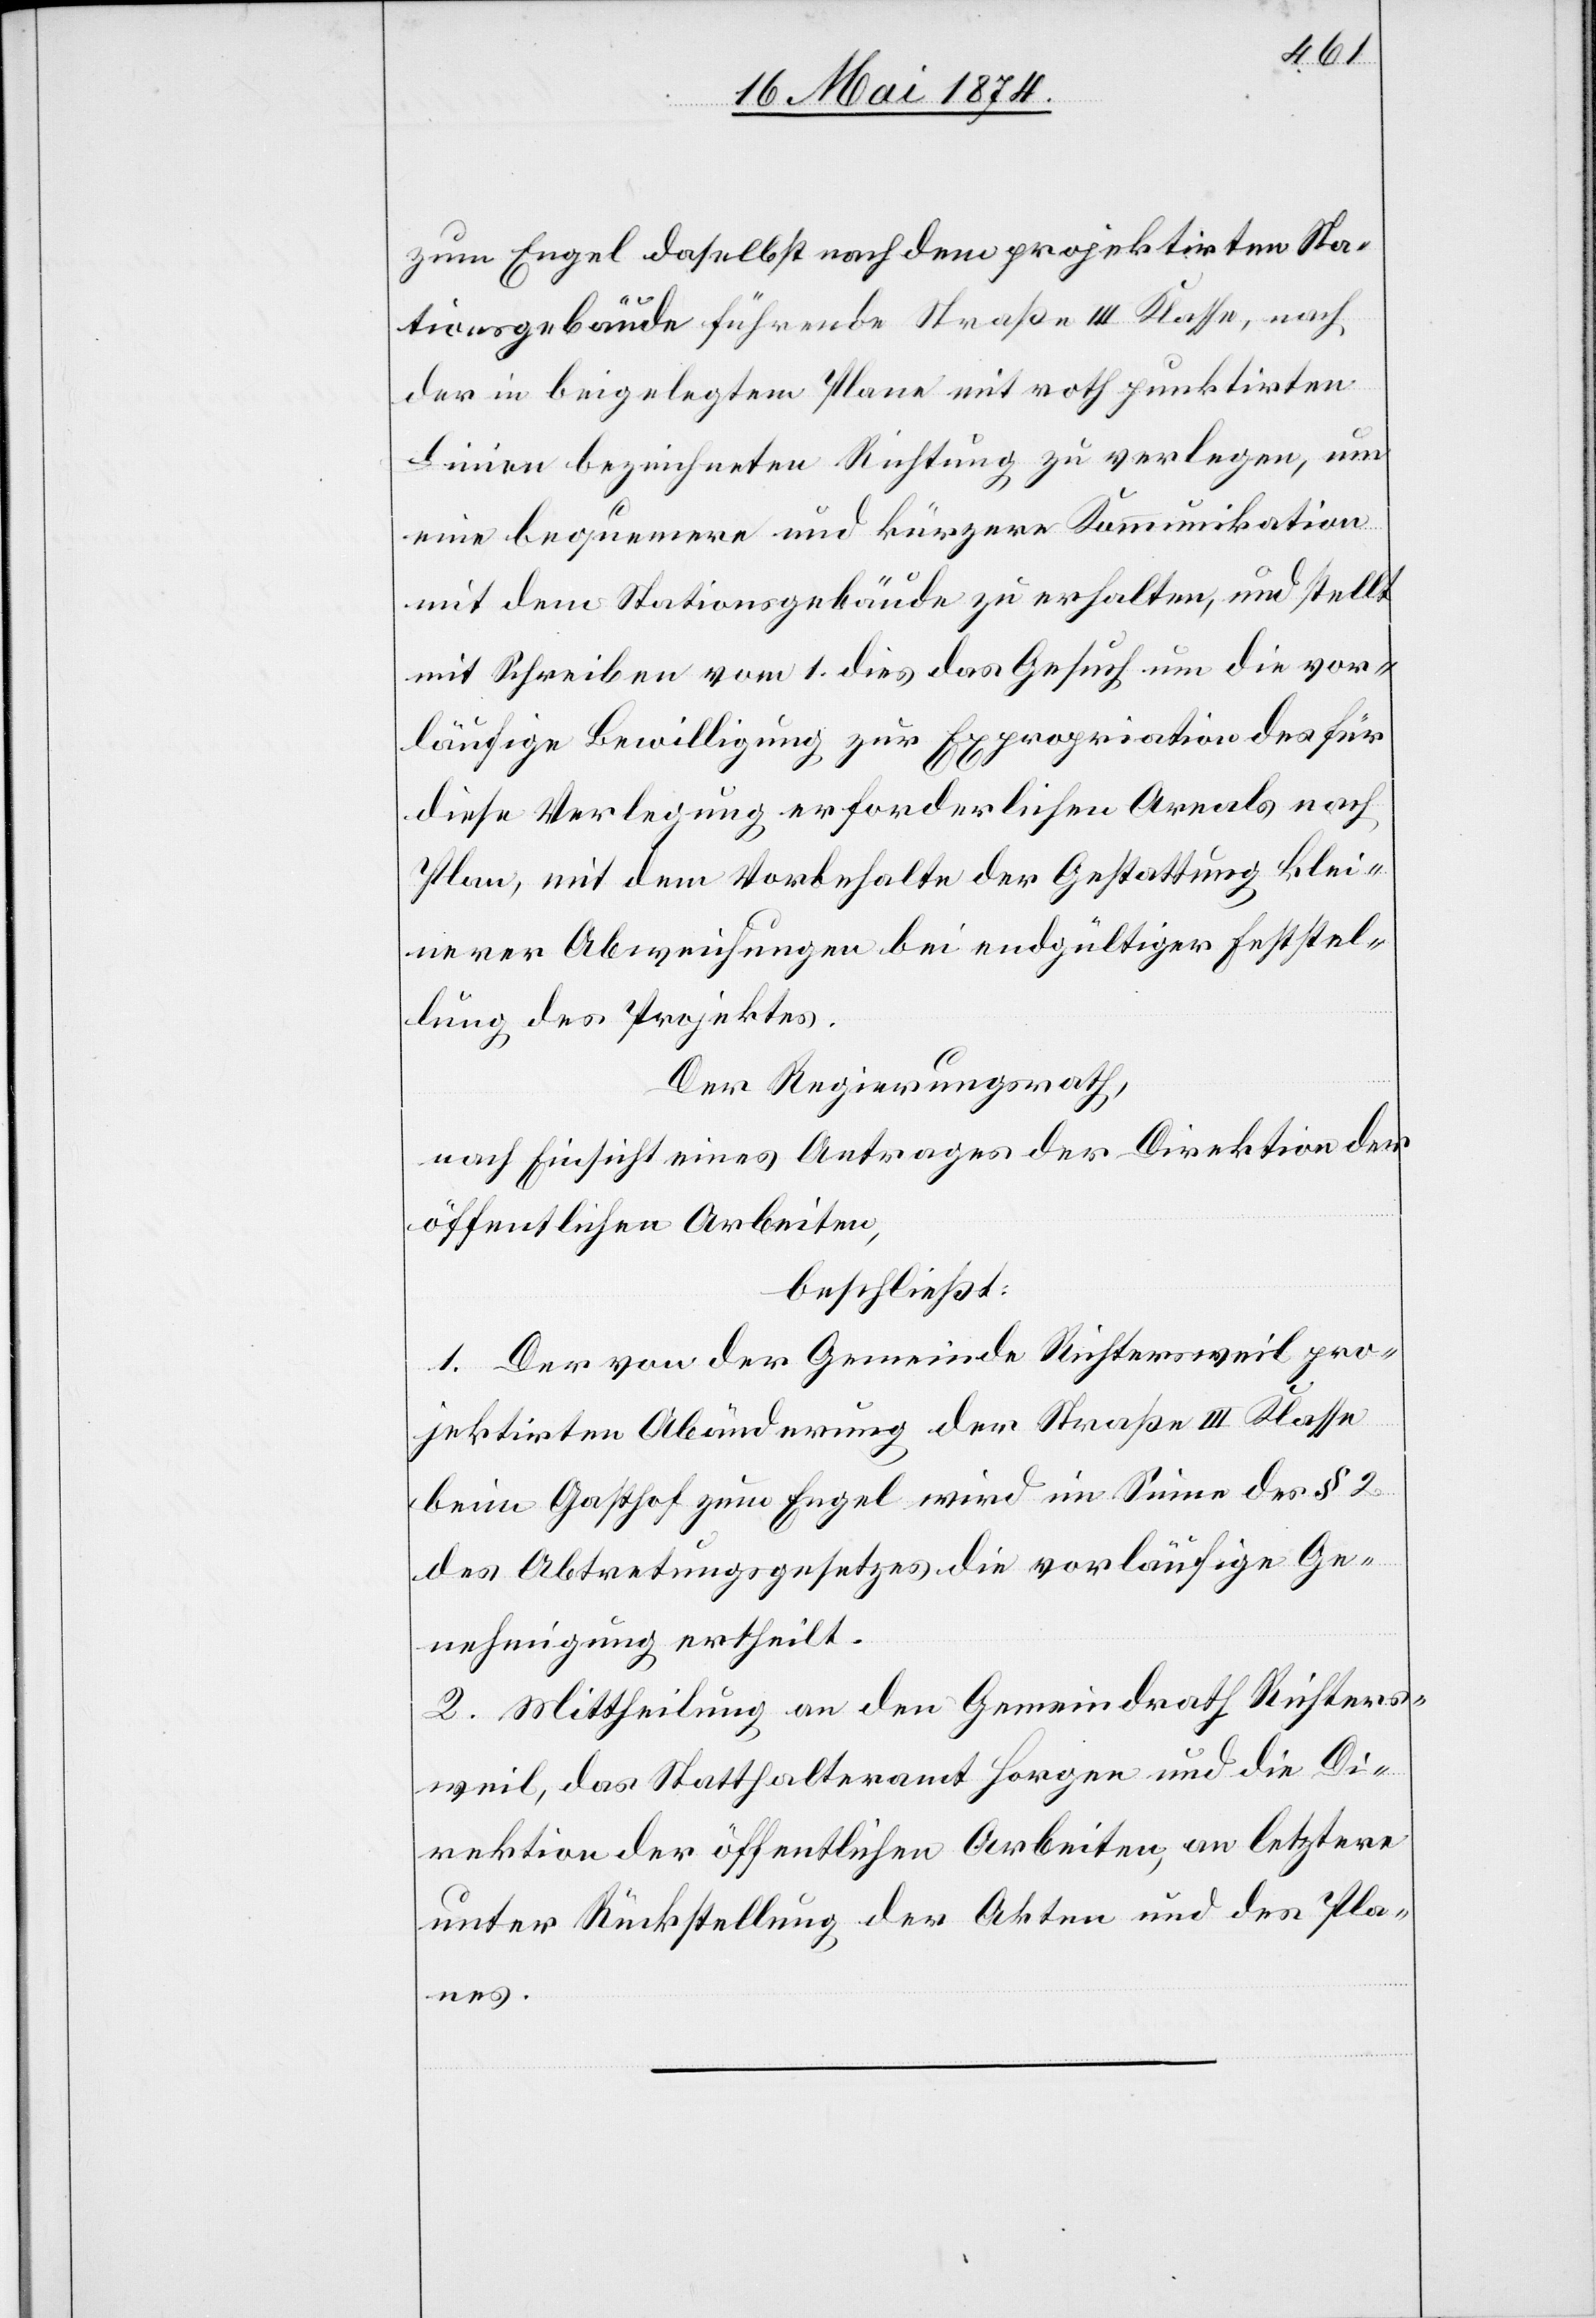
zum Engel daselbst nach dem projektirten Sta¬
tionsgebäude führende Straße III. Klasse, nach
der in beigelegtem Plane mit roth punktirten
Linien bezeichneten Richtung zu verlegen, um
eine bequemere und kürzere Kommunikation
mit dem Stationsgebäude zu erhalten, und stellt
mit Schreiben vom 1. dies das Gesuch um die vor¬
läufige Bewilligung zur Expropriation des für
diese Verlegung erforderlichen Areals nach
Plan, mit dem Vorbehalte der Gestattung klei¬
nerer Abweichungen bei endgültiger Feststel¬
lung des Projektes.
Der Regierungsrath,
nach Einsicht eines Antrages der Direktion der
öffentlichen Arbeiten,
beschließt:
1. Der von der Gemeinde Richtersweil pro¬
jektirten Abänderung der Straße III. Klasse
beim Gasthof zum Engel wird im Sinne des § 2
des Abtretungsgesetzes die vorläufige Ge¬
nehmigung ertheilt.
2. Mittheilung an den Gemeindrath Richters¬
weil, das Statthalteramt Horgen und die Di¬
rektion der öffentlichen Arbeiten, an letztere
unter Rückstellung der Akten und des Pla¬
nes.